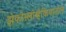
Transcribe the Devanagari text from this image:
झेकोस्लोव्हेकियातील